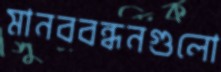
মানববন্ধনগুলো